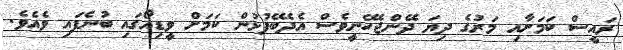
ރައީސް ކަމަށާއި މަރުގެ ދިޔަ ދޭންޖެހޭނީވެސް އެދެބޭފުޅުން ކަމަށް ވީޑިއޯގައި ބުނެފައި ވެއެވެ.